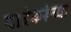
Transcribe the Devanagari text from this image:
यात्रेकरूंच्या